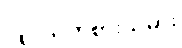
လူငယ်ကစားသမား